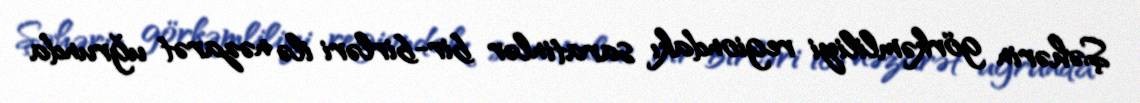
Şəhərin görkəmliliyi regiondakı saratinlər bir-birləri ilə nəzarət uğrunda